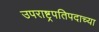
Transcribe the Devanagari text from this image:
उपराष्ट्रपतिपदाच्या